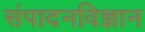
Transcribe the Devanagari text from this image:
संपादनविज्ञान